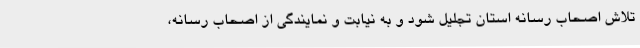
تلاش اصحاب رسانه استان تجلیل شود و به نیابت و نمایندگی از اصحاب رسانه،